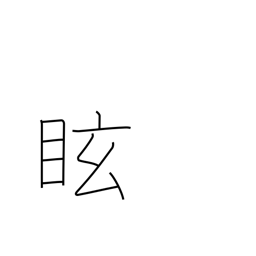
Meaning: dizzy